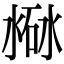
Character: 𣸐